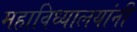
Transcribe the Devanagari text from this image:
महाविध्यालयांनी